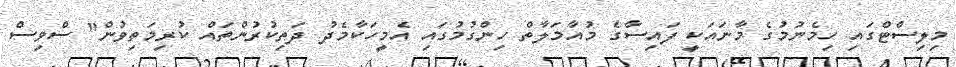
މިލިސްޓްގައި ހިމެނުމުގެ މާނައަކީ ފައިސާގެ މުއާމަލާތް ހިންގުމުގައި އެމީހަކާމެދު ދަތިކުރުންތައް ކުރިމަތިވުން" ސްވިސް